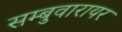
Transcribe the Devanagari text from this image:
सम्बुवारायर